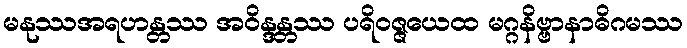
မနုဿအရဟန္တဿ အဝိန္ဒန္တဿ ပရိဝဇ္ဇယေထ မဂ္ဂနိဗ္ဗာနာဓိဂမဿ